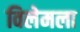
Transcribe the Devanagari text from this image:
विलेमला